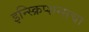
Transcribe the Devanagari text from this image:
इन्स्क्रिप्शन्सचा